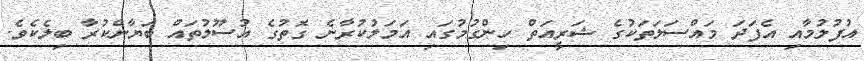
އުފުލުމާއި އެފަދަ މައްސަލަތަކުގެ ޝަރީއަތް ހިންގުމުގައި އަމަލުކުރާނެ ގޮތުގެ އުސޫލުތައް ބަޔާންކުރާ ބިލެކެވެ.